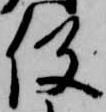
役